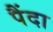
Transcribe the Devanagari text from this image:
पैंदा